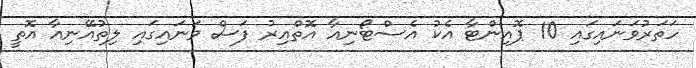
ހަތަރުވަނައިގައި 10 ޕޮއިންޓާ އެކު އެސްޓޯނިއާ އޮތްއިރު ފަސް ވަނައިގައި ލިތުއޭނިއާ އޮތީ